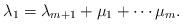
LaTeX: \begin{align*}\lambda_{1}=\lambda_{m+1}+\mu_{1}+\cdots\mu_{m}.\end{align*}